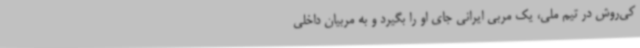
کی‌روش در تیم ملی، یک مربی ایرانی جای او را بگیرد و به مربیان داخلی